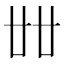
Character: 𠦜